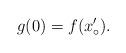
LaTeX: \begin{align*}g(0) = f(x_\circ').\end{align*}